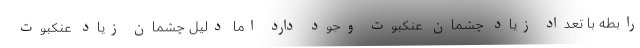
رابطه با تعداد زیاد چشمان عنکبوت وجود دارد اما دلیل چشمان زیاد عنکبوت